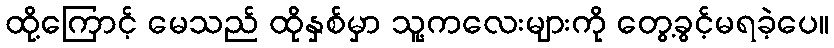
ထို့ကြောင့် မေသည် ထိုနှစ်မှာ သူ့ကလေးများကို တွေ့ခွင့်မရခဲ့ပေ။